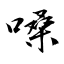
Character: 嗓